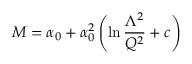
{ \cal M } = \alpha _ { 0 } + \alpha _ { 0 } ^ { 2 } \left( \ln { \frac { \Lambda ^ { 2 } } { Q ^ { 2 } } } + c \right)